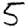
Digit: 5